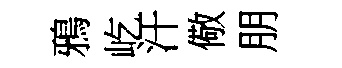
鴉屹汗儆朋